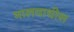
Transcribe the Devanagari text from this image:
मालवाधीश